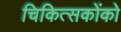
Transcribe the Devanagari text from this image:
चिकित्सकोंको